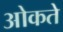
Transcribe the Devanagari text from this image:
ओकते